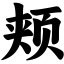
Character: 颊